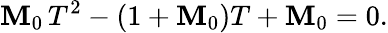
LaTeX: \mathbf{M}_{0}\, T^{2}-(1+\mathbf{M}_{0})T+\mathbf{M}_{0}=0.